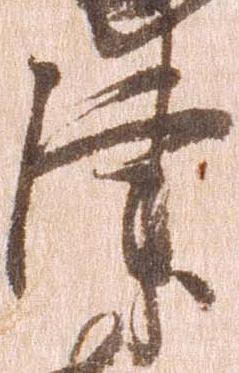
津